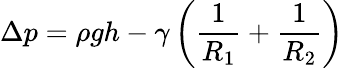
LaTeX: \Delta p=\rho gh-\gamma\left({\frac{1}{R_{1}}}+{\frac{1}{R_{2}}}\right)